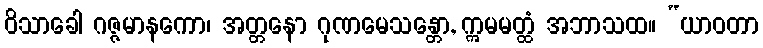
ဝိသာခေါ ဂဇ္ဇမာနကော၊ အတ္တနော ဂုဏမေသန္တော, ဣမမတ္ထံ အဘာသထ။ “ယာဝတာ